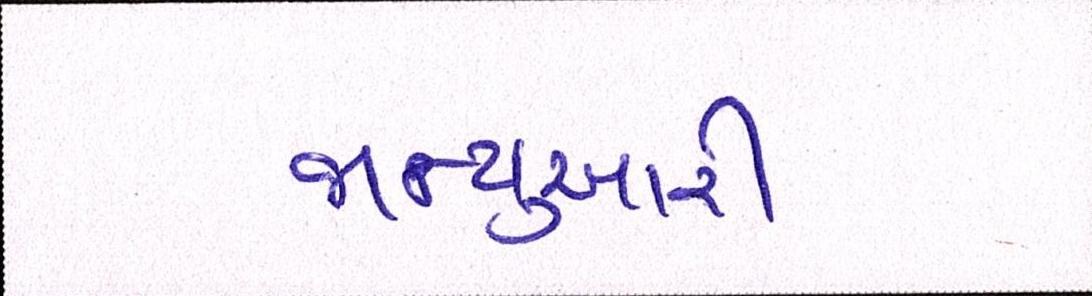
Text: જાન્યુઆરી